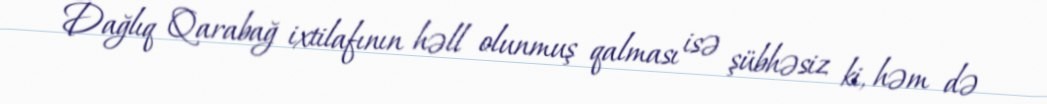
Dağlıq Qarabağ ixtilafının həll olunmuş qalması isə şübhəsiz ki, həm də